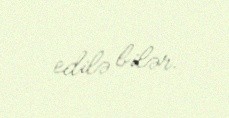
edilə bilər.